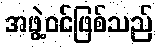
အဖွဲ့ဝင်ဖြစ်သည်